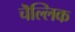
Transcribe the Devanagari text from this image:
चॆल्लिक